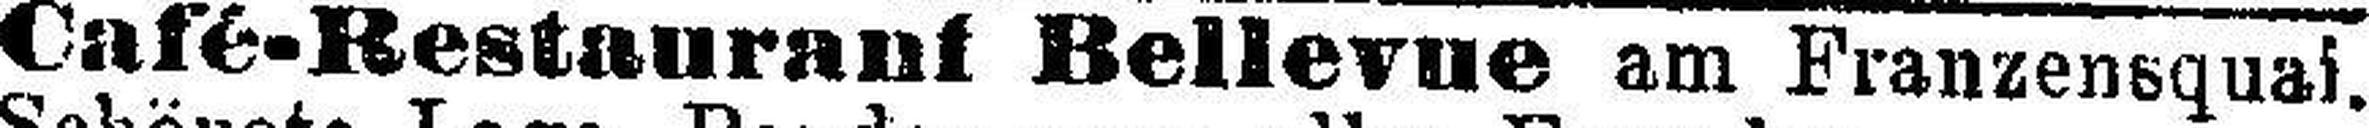
Café-Restaurant Bellevue am Franzensquai.